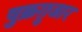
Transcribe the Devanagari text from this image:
षुक्रग़ुजार